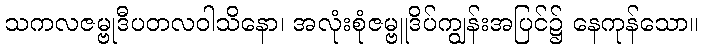
သကလဇမ္ဗုဒီပတလဝါသိနော၊ အလုံးစုံဇမ္ဗူဒိပ်ကျွန်းအပြင်၌ နေကုန်သော။